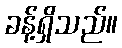
ခန့်ရှိသည်။